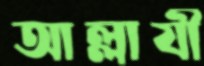
আল্লাযী